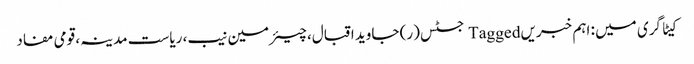
کیٹاگری میں : اہم خبریں Tagged جسٹس (ر) جاوید اقبال، چیئرمین نیب، ریاست مدینہ، قومی مفاد